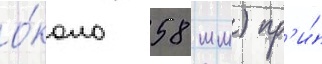
о́коло 58 мм) пр'и́